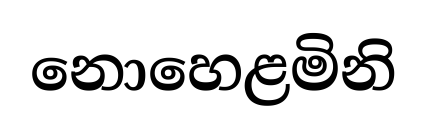
නොහෙළමිනි